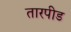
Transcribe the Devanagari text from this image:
तारपीड